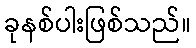
ခုနစ်ပါးဖြစ်သည်။